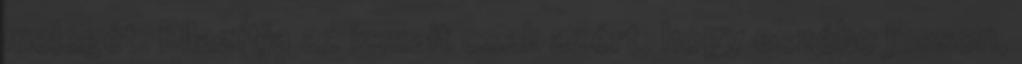
melegét. Ellazítja az izmait csak azért, hogy eszébe jusson,